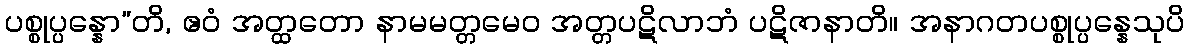
ပစ္စုပ္ပန္နော”တိ, ဧဝံ အတ္ထတော နာမမတ္တမေဝ အတ္တပဋိလာဘံ ပဋိဇာနာတိ။ အနာဂတပစ္စုပ္ပန္နေသုပိ